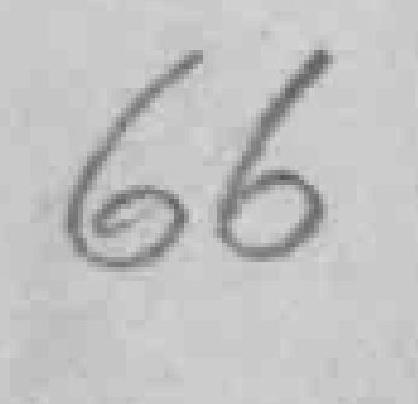
66